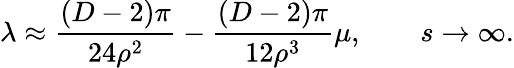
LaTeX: \lambda\approx\frac{(D-2)\pi}{24\rho^{2}}-\frac{(D-2)\pi}{12\rho^{3}}\mu,\qquad s\rightarrow\infty.